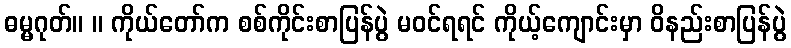
ဓမ္မဂုတ်။ ။ ကိုယ်တော်က စစ်ကိုင်းစာပြန်ပွဲ မဝင်ရရင် ကိုယ့်ကျောင်းမှာ ဝိနည်းစာပြန်ပွဲ